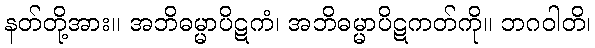
နတ်တို့အား။ အဘိဓမ္မာပိဋကံ၊ အဘိဓမ္မာပိဋကတ်ကို။ ဘဂဝါတိ၊